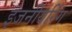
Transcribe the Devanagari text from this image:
इंजनीयरिंग